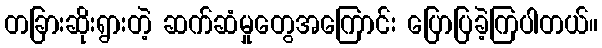
တခြားဆိုးရွားတဲ့ ဆက်ဆံမှုတွေအကြောင်း ပြောပြခဲ့ကြပါတယ်။